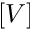
\left[ V \right]